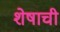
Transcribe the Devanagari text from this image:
शेषाची